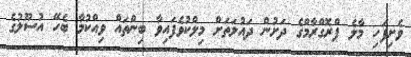
ވެށިފަހި މާލެ ޕްރޮގްރާމްގެ ދަށުން ދައުލަތަށް މިލްކުވެފައިވާ ބިންތައް ވިއްކުމާ ބެހޭ އުސޫލުގެ